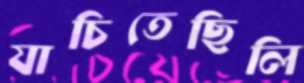
যাচিতেছিলি